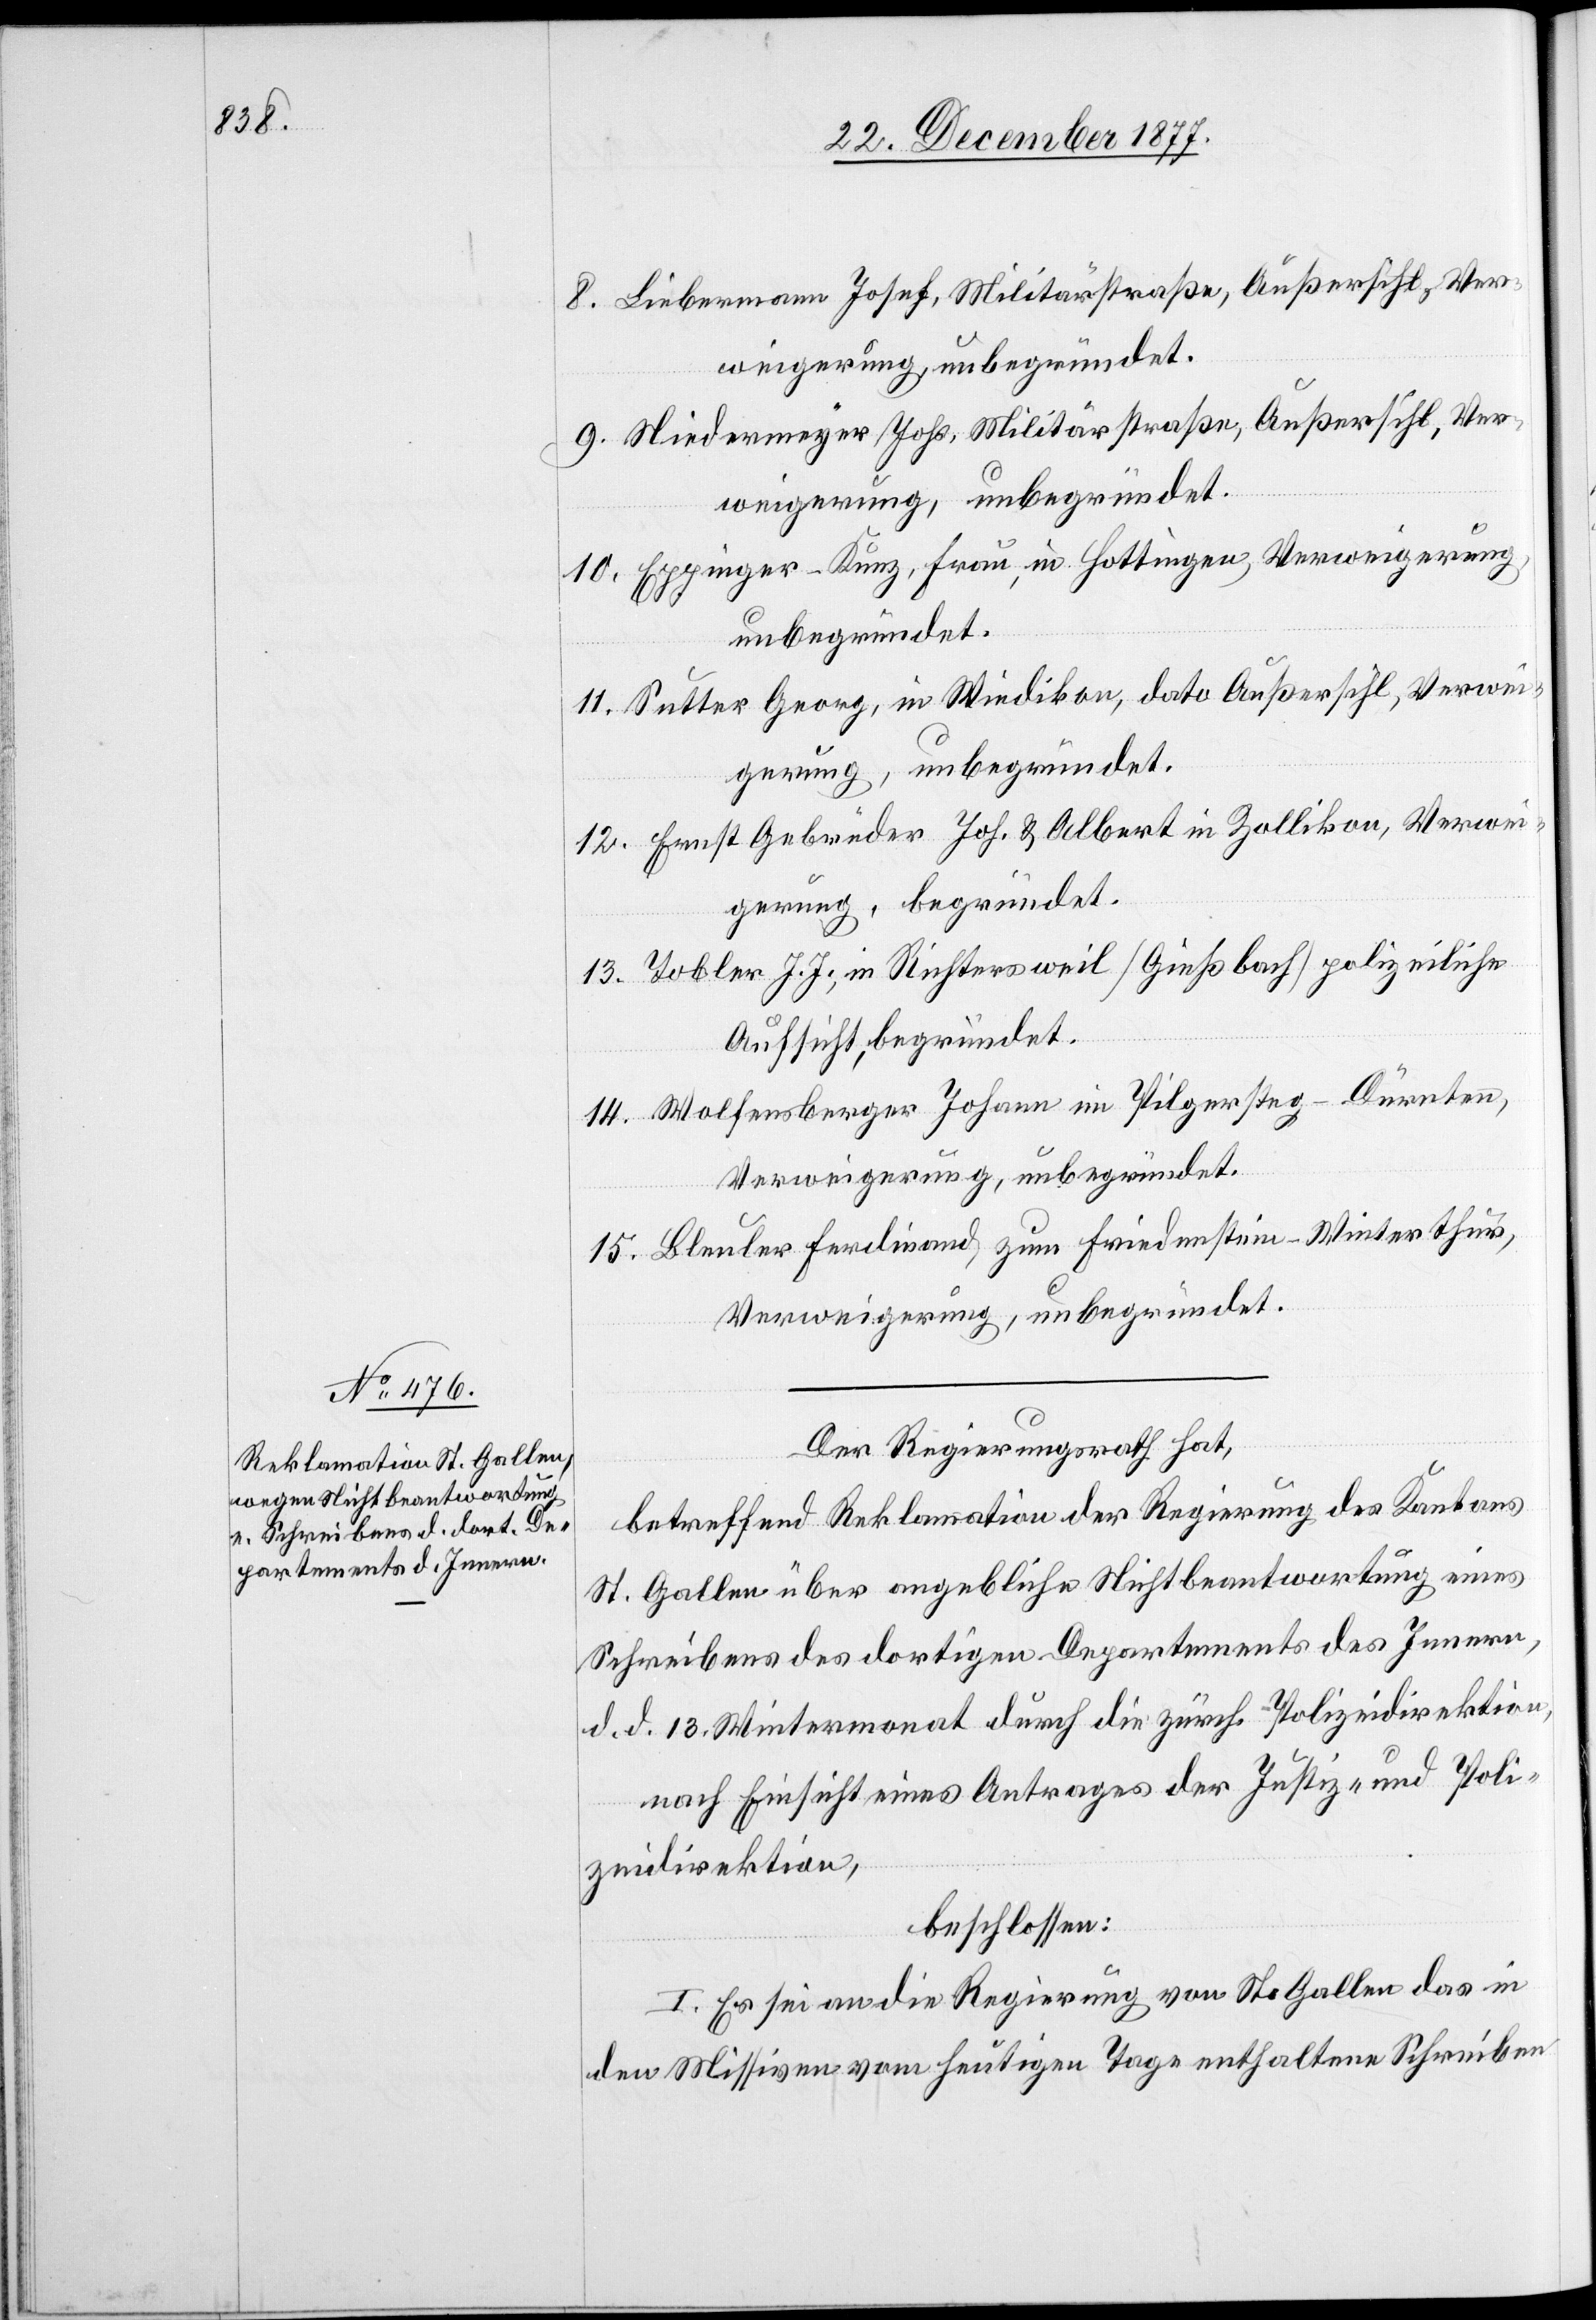
15.

Liebermann Josef, Militärstraße, Außersihl, Ver¬
weigerung, unbegründet.
Niedermeyer Johs, Militärstraße, Außersihl, Ver¬
weigerung, unbegründet.
Eppinger-Kunz, Frau, in Hottingen, Verweigerung,
unbegründet.
Sutter Georg, in Wiedikon, dato Außersihl, Verwei¬
gerung, unbegründet.
Ernst Gebrüder Joh. & Albert in Zollikon, Verwei¬
gerung, begründet.
Tobler J. J., in Richtersweil [Gießbach] polizeiliche
Aufsicht, begründet.
Wolfensberger Johann im Pilgersteg - Dürnten,
Verweigerung, unbegründet.
Bleuler Ferdinand, zum Friedenstein - Winterthur,
Verweigerung, unbegründet.
Der Regierungsrath hat,
betreffend Reklamation der Regierung des Kantons
St. Gallen über angebliche Nichtbeantwortung eines
Schreibens des dortigen Departements des Innern,
d. d. 13. Wintermonat durch die zürch. Polizeidirektion,
nach Einsicht eines Antrages der Justiz- und Poli¬
zeidirektion,
beschlossen:
I. Es sei an die Regierung von St. Gallen das in
den Missiven vom heutigen Tage enthaltene Schreiben